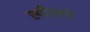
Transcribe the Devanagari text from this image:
स्पील्लो